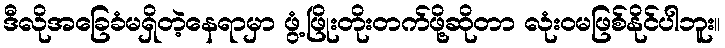
ဒီလိုအခြေခံမရှိတဲ့နေရာမှာ ဖွံ့ဖြိုးတိုးတက်ဖို့ဆိုတာ လုံးဝမဖြစ်နိုင်ပါဘူး။